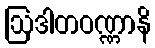
ဩဒါတဝဏ္ဏာနိ